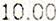
10.00